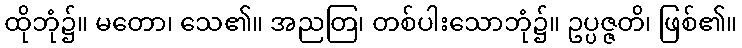
ထိုဘုံ၌။ မတော၊ သေ၏။ အညတြ၊ တစ်ပါးသောဘုံ၌။ ဥပ္ပဇ္ဇတိ၊ ဖြစ်၏။